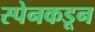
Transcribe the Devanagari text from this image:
स्पेनकडून